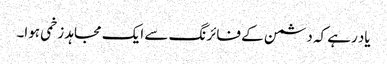
یاد رہے کہ دشمن کے فائرنگ سے ایک مجاہد زخمی ہوا۔